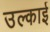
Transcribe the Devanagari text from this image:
उल्काई